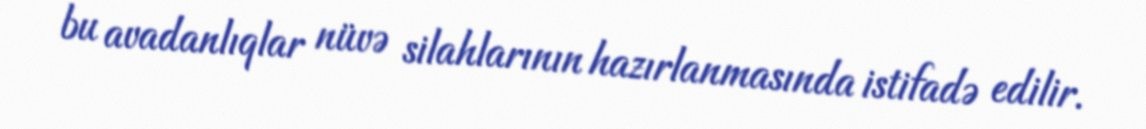
bu avadanlıqlar nüvə silahlarının hazırlanmasında istifadə edilir.